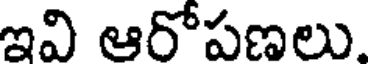
ఇవి ఆరోపణలు.